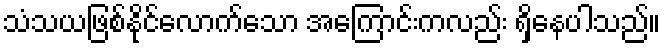
သံသယဖြစ်နိုင်လောက်သော အကြောင်းကလည်း ရှိနေပါသည်။